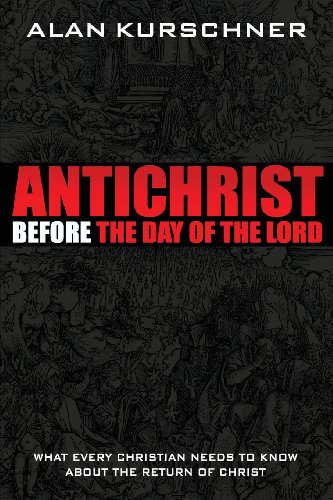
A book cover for Antichrist Before the Day of the Lord: What Every Christian Needs to Know about the Return of Christ; Alan E. Kurschner; Christian Books & Bibles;